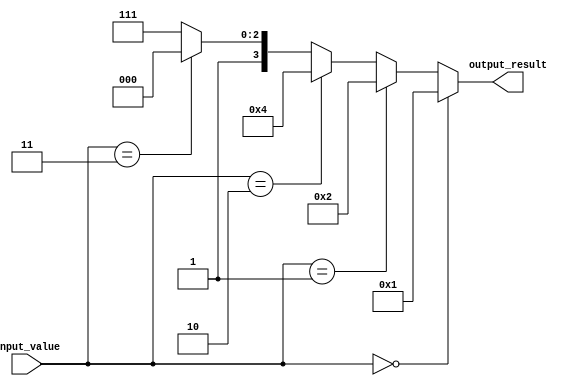
module multiple_if_else (
    input wire [3:0] input_value,
    output wire [3:0] output_result
);

    always @(*)
    begin
        if (input_value == 4'b0000)
            output_result = 4'b0001;
        else if (input_value == 4'b0001)
            output_result = 4'b0010;
        else if (input_value == 4'b0010)
            output_result = 4'b0100;
        else if (input_value == 4'b0011)
            output_result = 4'b1000;
        else 
            output_result = 4'b1111;
    end

endmodule